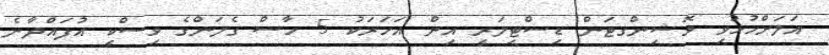
އަލަށްހުޅުވި ވޮޝިންގޓަން ޑިސްޓިލަރީ އިން އަހަރަކު 5 ހާސް ގެލަންގެ ވިސްކީ އުފައްދާނެ